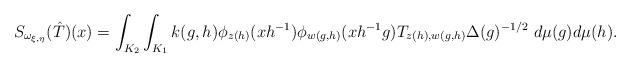
LaTeX: \begin{align*}S_{\omega_{\xi,\eta}}(\hat{T})(x)=\int_{K_2}\int_{K_1} k(g,h)\phi_{z(h)}(xh^{-1})\phi_{w(g,h)}(xh^{-1}g)T_{z(h),w(g,h)}\Delta(g)^{-1/2}\ d\mu(g)d\mu(h).\end{align*}